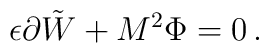
\epsilon \partial \tilde{W}+M^{2}\Phi =0\,.